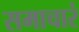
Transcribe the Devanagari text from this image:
समाचारं